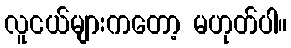
လူငယ်များကတော့ မဟုတ်ပါ။